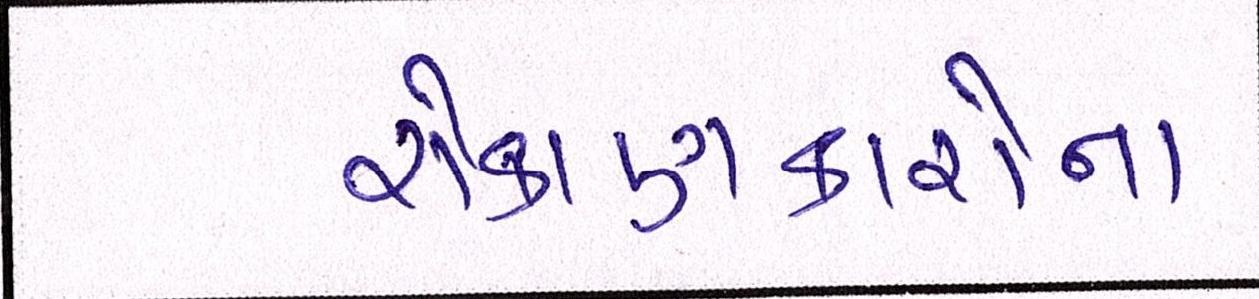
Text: રોકાણકારોના